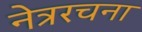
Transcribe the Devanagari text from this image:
नेत्ररचना